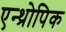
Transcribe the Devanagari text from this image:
एन्थ्रोपिक